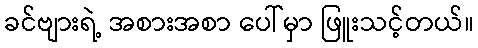
ခင်ဗျားရဲ့ အစားအစာ ပေါ်မှာ ဖြူးသင့်တယ်။